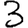
Digit: 3